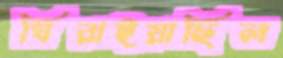
ঘিরাইয়াছিল